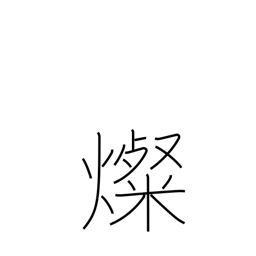
Meaning: brilliant